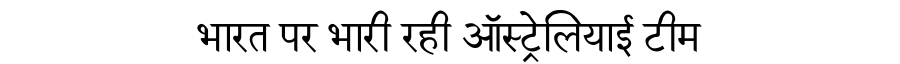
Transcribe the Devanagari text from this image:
भारत पर भारी रही ऑस्ट्रेलियाई टीम